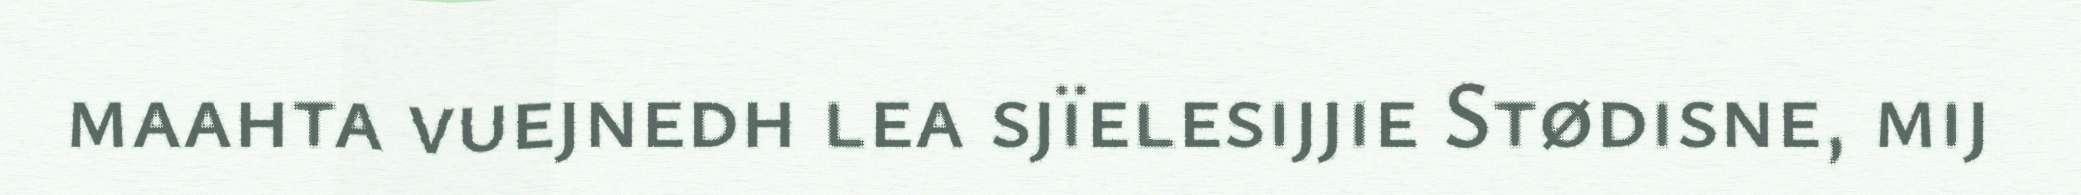
maahta vuejnedh lea sjïelesijjie Stødisne, mij